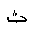
Letter: _tha